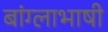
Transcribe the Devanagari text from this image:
बांग्‍लाभाषी